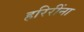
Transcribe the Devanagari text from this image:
हरिरींना